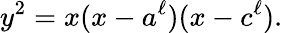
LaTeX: y^{2}=x(x-a^{\ell})(x-c^{\ell}).